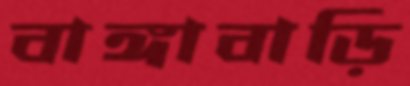
বাঙ্গাবাড়ি